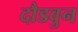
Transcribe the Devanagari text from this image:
दौडवुन